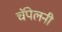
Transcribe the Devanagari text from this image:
चॅपेलनी